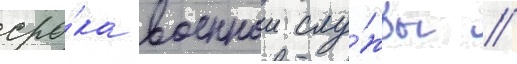
сро́ка военнои слу́жбы //